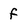
Character: f